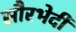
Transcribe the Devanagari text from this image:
सौरभेदी